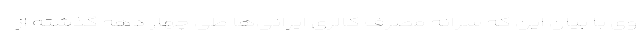
وی با بیان این که سرانه مصرف کالری ایرانی‌ها طی چهار دهه گذشته از